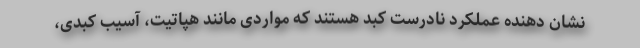
نشان دهنده عملکرد نادرست کبد هستند که مواردی مانند هپاتیت، آسیب کبدی،